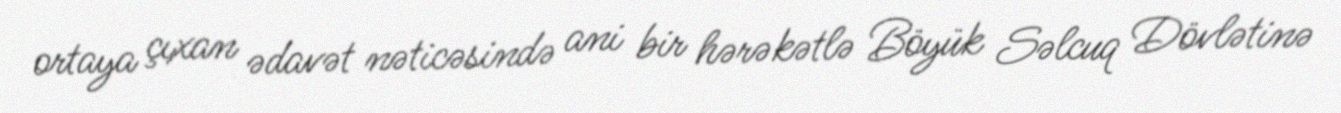
ortaya çıxan ədavət nəticəsində ani bir hərəkətlə Böyük Səlcuq Dövlətinə